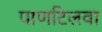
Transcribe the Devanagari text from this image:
पाणटिलवा